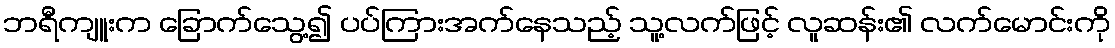
ဘရီကျူးက ခြောက်သွေ့၍ ပပ်ကြားအက်နေသည့် သူ့လက်ဖြင့် လူဆန်း၏ လက်မောင်းကို